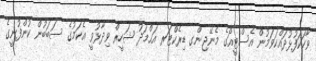
ވާހަކަފުޅުދައްކަވަމުން އެސްޓީއޯގެ މެނޭޖިންގ ޑިރެކްޓަރ އަޙްމަދު ޝަހީރް ވިދާޅުވީ އެކަމުގެ ސަބަބުން ކުންފުނީގެ